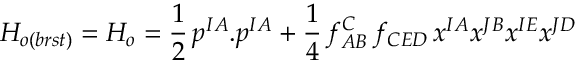
{ \cal H } _ { o ( b r s t ) } = { \cal H } _ { o } = \frac { 1 } { 2 } \, p ^ { I A } . p ^ { I A } + \frac { 1 } { 4 } \, f _ { A B } ^ { C } \, f _ { C E D } \, x ^ { I A } x ^ { J B } x ^ { I E } x ^ { J D }